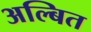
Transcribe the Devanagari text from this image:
अल्बित